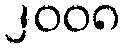
၂၀၀၈